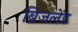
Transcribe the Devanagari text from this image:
ब्रिजलेंड